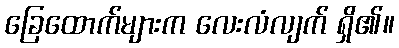
ခြေထောက်များက လေးလံလျက် ရှိ၏။